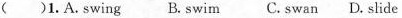
( )1.A.swing B.swim C. swan D. slide